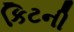
કિટની